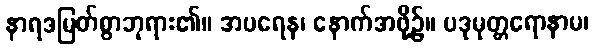
နာရဒမြတ်စွာဘုရား၏။ အပရေန၊ နောက်အဖို့၌။ ပဒုမုတ္တရောနာမ၊